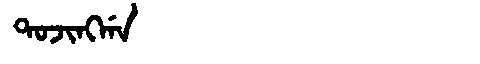
Manchu: ᡨᠣᠵᡳᠩᡤᠠ
Romanization: TOJINGGA